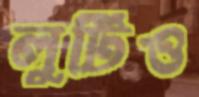
লুটিও